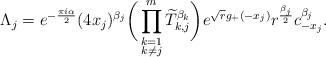
LaTeX: \begin{align*}\Lambda_{j} = e^{-\frac{\pi i \alpha}{2}} (4x_{j})^{\beta_{j}} \bigg( \prod_{\substack{k=1 \\ k \neq j}}^{m} \widetilde{T}_{k,j}^{\beta_{k}} \bigg)e^{\sqrt{r}g_{+}(-x_{j})}r^{\frac{\beta_{j}}{2}}c_{-x_{j}}^{\beta_{j}}.\end{align*}